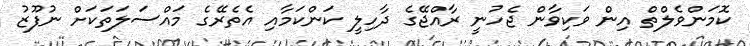
ކޮމަންވެލްތް އިން ވަކިވާން ޖެހުނީ ރާއްޖޭގެ ދާހިލީ ކަންކަމާއި އެތެރޭގެ މައްސަލަތަކަށް ނުފޫޒު